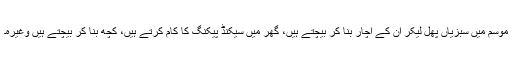
موسم میں سبزیاں پھل لیکر ان کے اچار بنا کر بیچتے ہیں، گھر میں سیکنڈ پیکنگ کا کام کرتے ہیں، کچھ بنا کر بیچتے ہیں وغیرہ۔